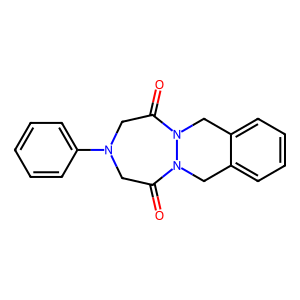
SMILES: O=C1CN(c2ccccc2)CC(=O)N2Cc3ccccc3CN12
Inhibits HIV replication: No